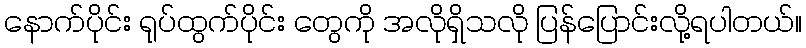
နောက်ပိုင်း ရုပ်ထွက်ပိုင်း တွေကို အလိုရှိသလို ပြန်ပြောင်းလို့ရပါတယ်။